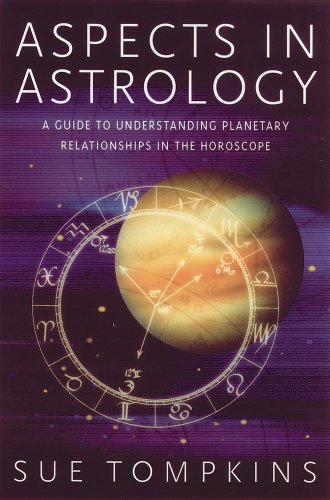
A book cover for Aspects in Astrology: A Guide to Understanding Planetary Relationships in the Horoscope; Sue Tompkins; Religion & Spirituality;